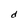
Character: d